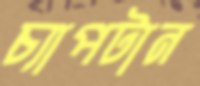
চ্যাপটান